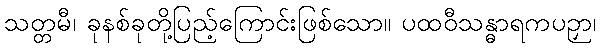
သတ္တမီ၊ ခုနစ်ခုတို့ပြည့်ကြောင်းဖြစ်သော။ ပထဝီသန္ဓာရကပဉှာ၊